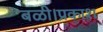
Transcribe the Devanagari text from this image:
बळी।प्रकाश